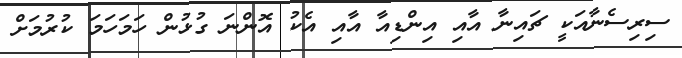
ސިރިސެނާއަކީ ޗައިނާ އާއި އިންޑިއާ އާއި އެކު އޮންނަ ގުޅުން ހަމަހަމަ ކުރުމަށް